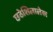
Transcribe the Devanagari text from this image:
छठेशिलालेख